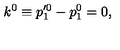
k ^ { 0 } \equiv p _ { 1 } ^ { \prime 0 } - p _ { 1 } ^ { 0 } = 0 ,